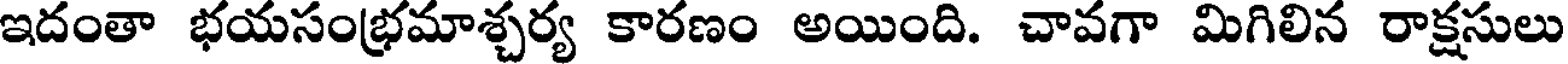
ఇదంతా భయసంభ్రమాశ్చర్య కారణం అయింది. చావగా మిగిలిన రాక్షసులు